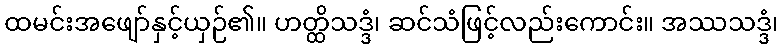
ထမင်းအဖျော်နှင့်ယှဉ်၏။ ဟတ္ထိသဒ္ဒံ၊ ဆင်သံဖြင့်လည်းကောင်း။ အဿသဒ္ဒံ၊